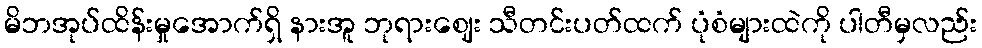
မိဘအုပ်ထိန်းမှုအောက်ရှိ နားအူ ဘုရားဈေး သီတင်းပတ်ထက် ပုံစံများထဲကို ပါတီမှလည်း